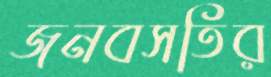
জনবসতির